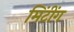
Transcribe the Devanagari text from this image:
मिंटींग